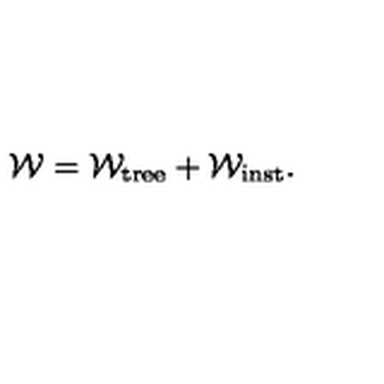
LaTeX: { \cal W } = { \cal W } _ { \mathrm { t r e e } } + { \cal W } _ { \mathrm { i n s t } } .